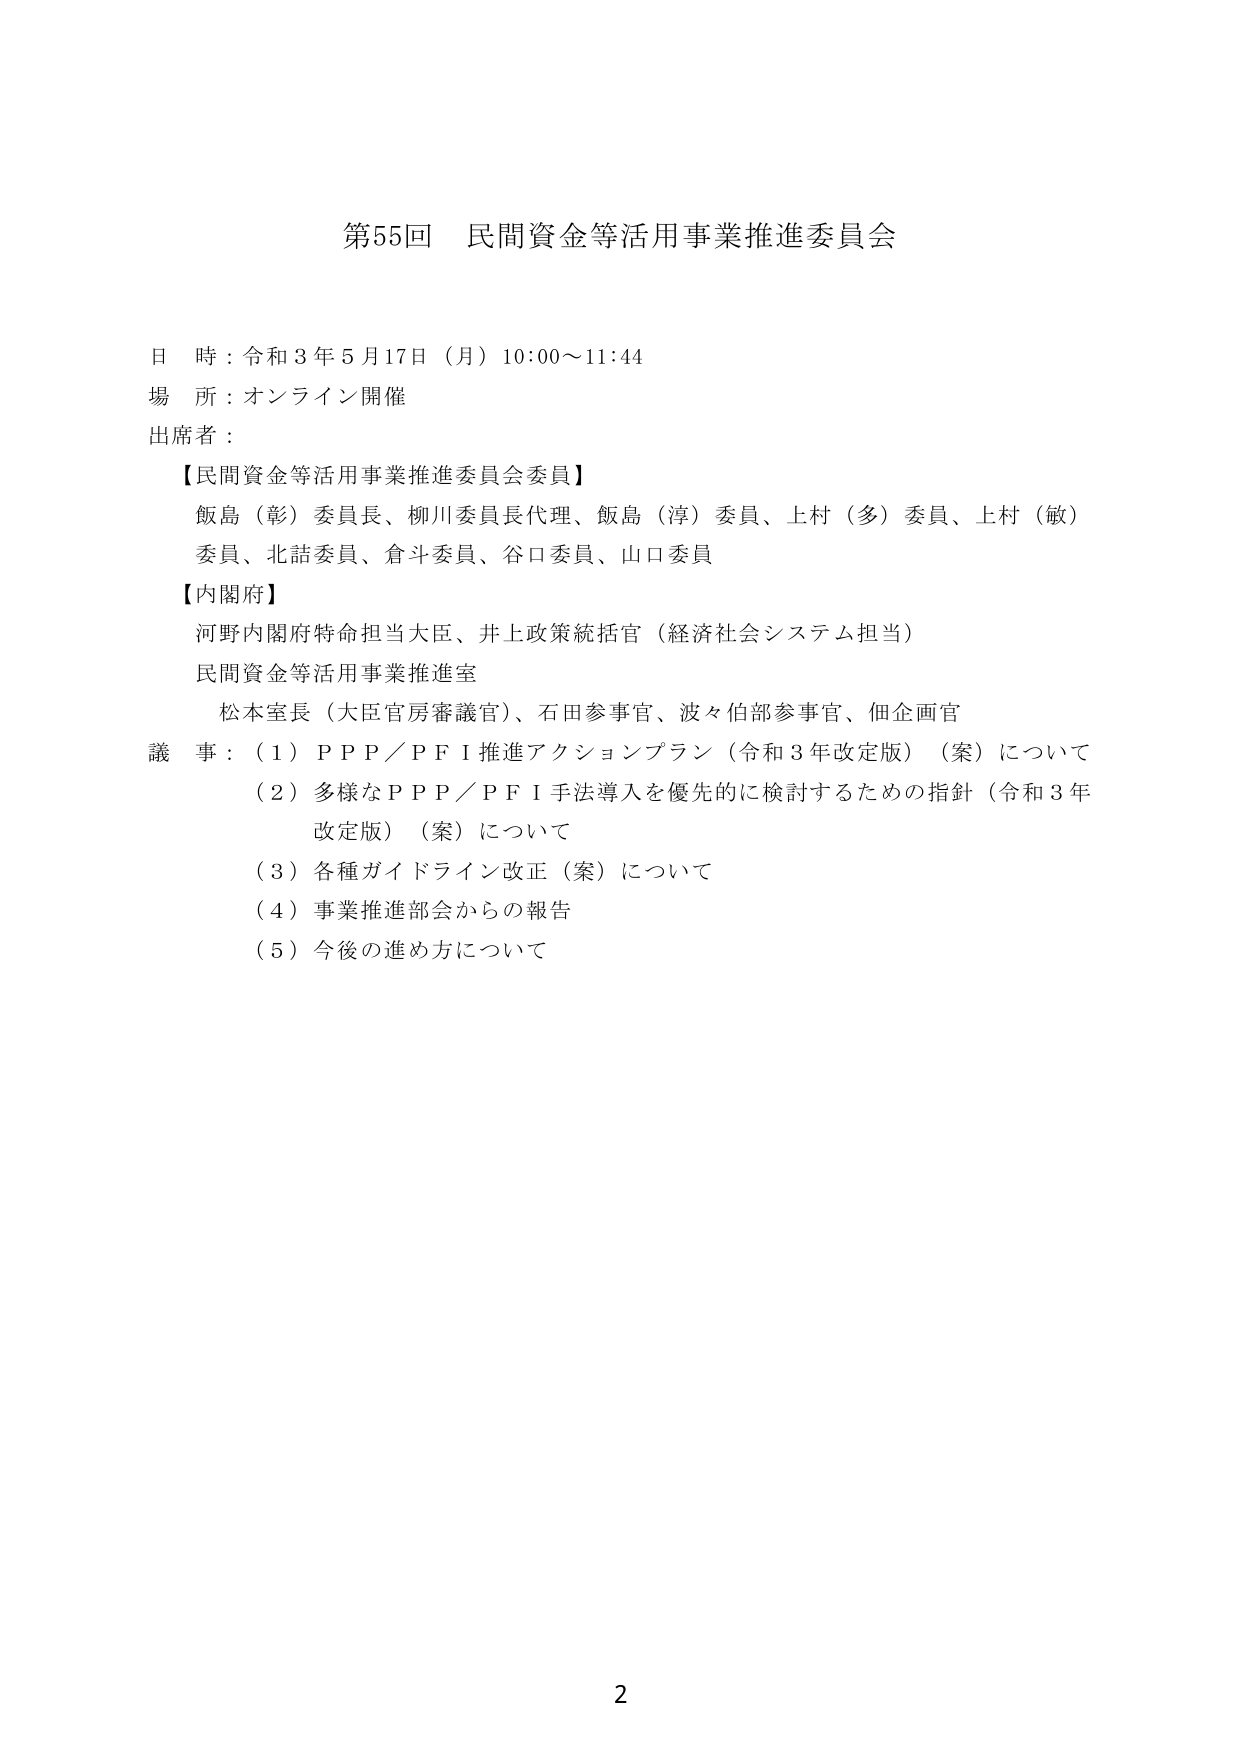
第55回 民間資金等活用事業推進委員会

日 時：令和3年5月17日（月）10:00～11:44
場 所：オンライン開催
出席者：
【民間資金等活用事業推進委員会委員】
飯島（彰）委員長、柳川委員長代理、飯島（淳）委員、上村（多）委員、上村（敏）委員、北詰委員、倉斗委員、谷口委員、山口委員
【内閣府】
河野内閣府特命担当大臣、井上政策統括官（経済社会システム担当）
民間資金等活用事業推進室
松本室長（大臣官房審議官）、石田参事官、波々伯部参事官、佃企画官
議 事：（1）ＰＰＰ／ＰＦＩ推進アクションプラン（令和3年改定版）（案）について
　　　（2）多様なＰＰＰ／ＰＦＩ手法導入を優先的に検討するための指針（令和3年改定版）（案）について
　　　（3）各種ガイドライン改正（案）について
　　　（4）事業推進部会からの報告
　　　（5）今後の進め方について

2